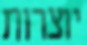
יוצרות